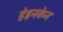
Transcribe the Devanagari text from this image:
हेइनकेन